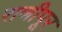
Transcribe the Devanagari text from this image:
राणीपूर